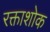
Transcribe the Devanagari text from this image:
रक्ताशोक